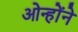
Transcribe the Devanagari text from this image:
ओन्होंने